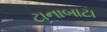
ટાનાબાટા